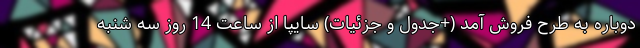
دوباره به طرح فروش آمد (+جدول و جزئیات) سایپا از ساعت 14 روز سه شنبه